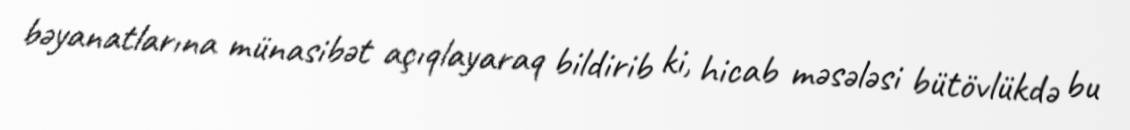
bəyanatlarına münasibət açıqlayaraq bildirib ki, hicab məsələsi bütövlükdə bu